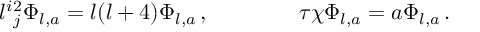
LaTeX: l ^ { i } { } _ { j } ^ { 2 } \Phi _ { l , a } = l ( l + 4 ) \Phi _ { l , a } \, , \qquad \qquad \tau \chi \Phi _ { l , a } = a \Phi _ { l , a } \, .